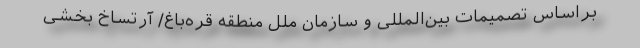
براساس تصمیمات بین‌المللی و سازمان ملل منطقه قره‌باغ/ آرتساخ بخشی